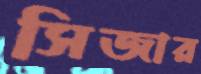
সিজার